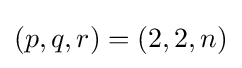
(p,q,r)=(2,2,n)